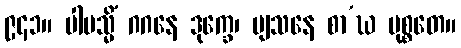
၉၄၁။ ပါပသ္မိံ ဂဂနေ ဒုက္ခေ၊ ဗျသနေ စာ’ဃ မုစ္စတေ။